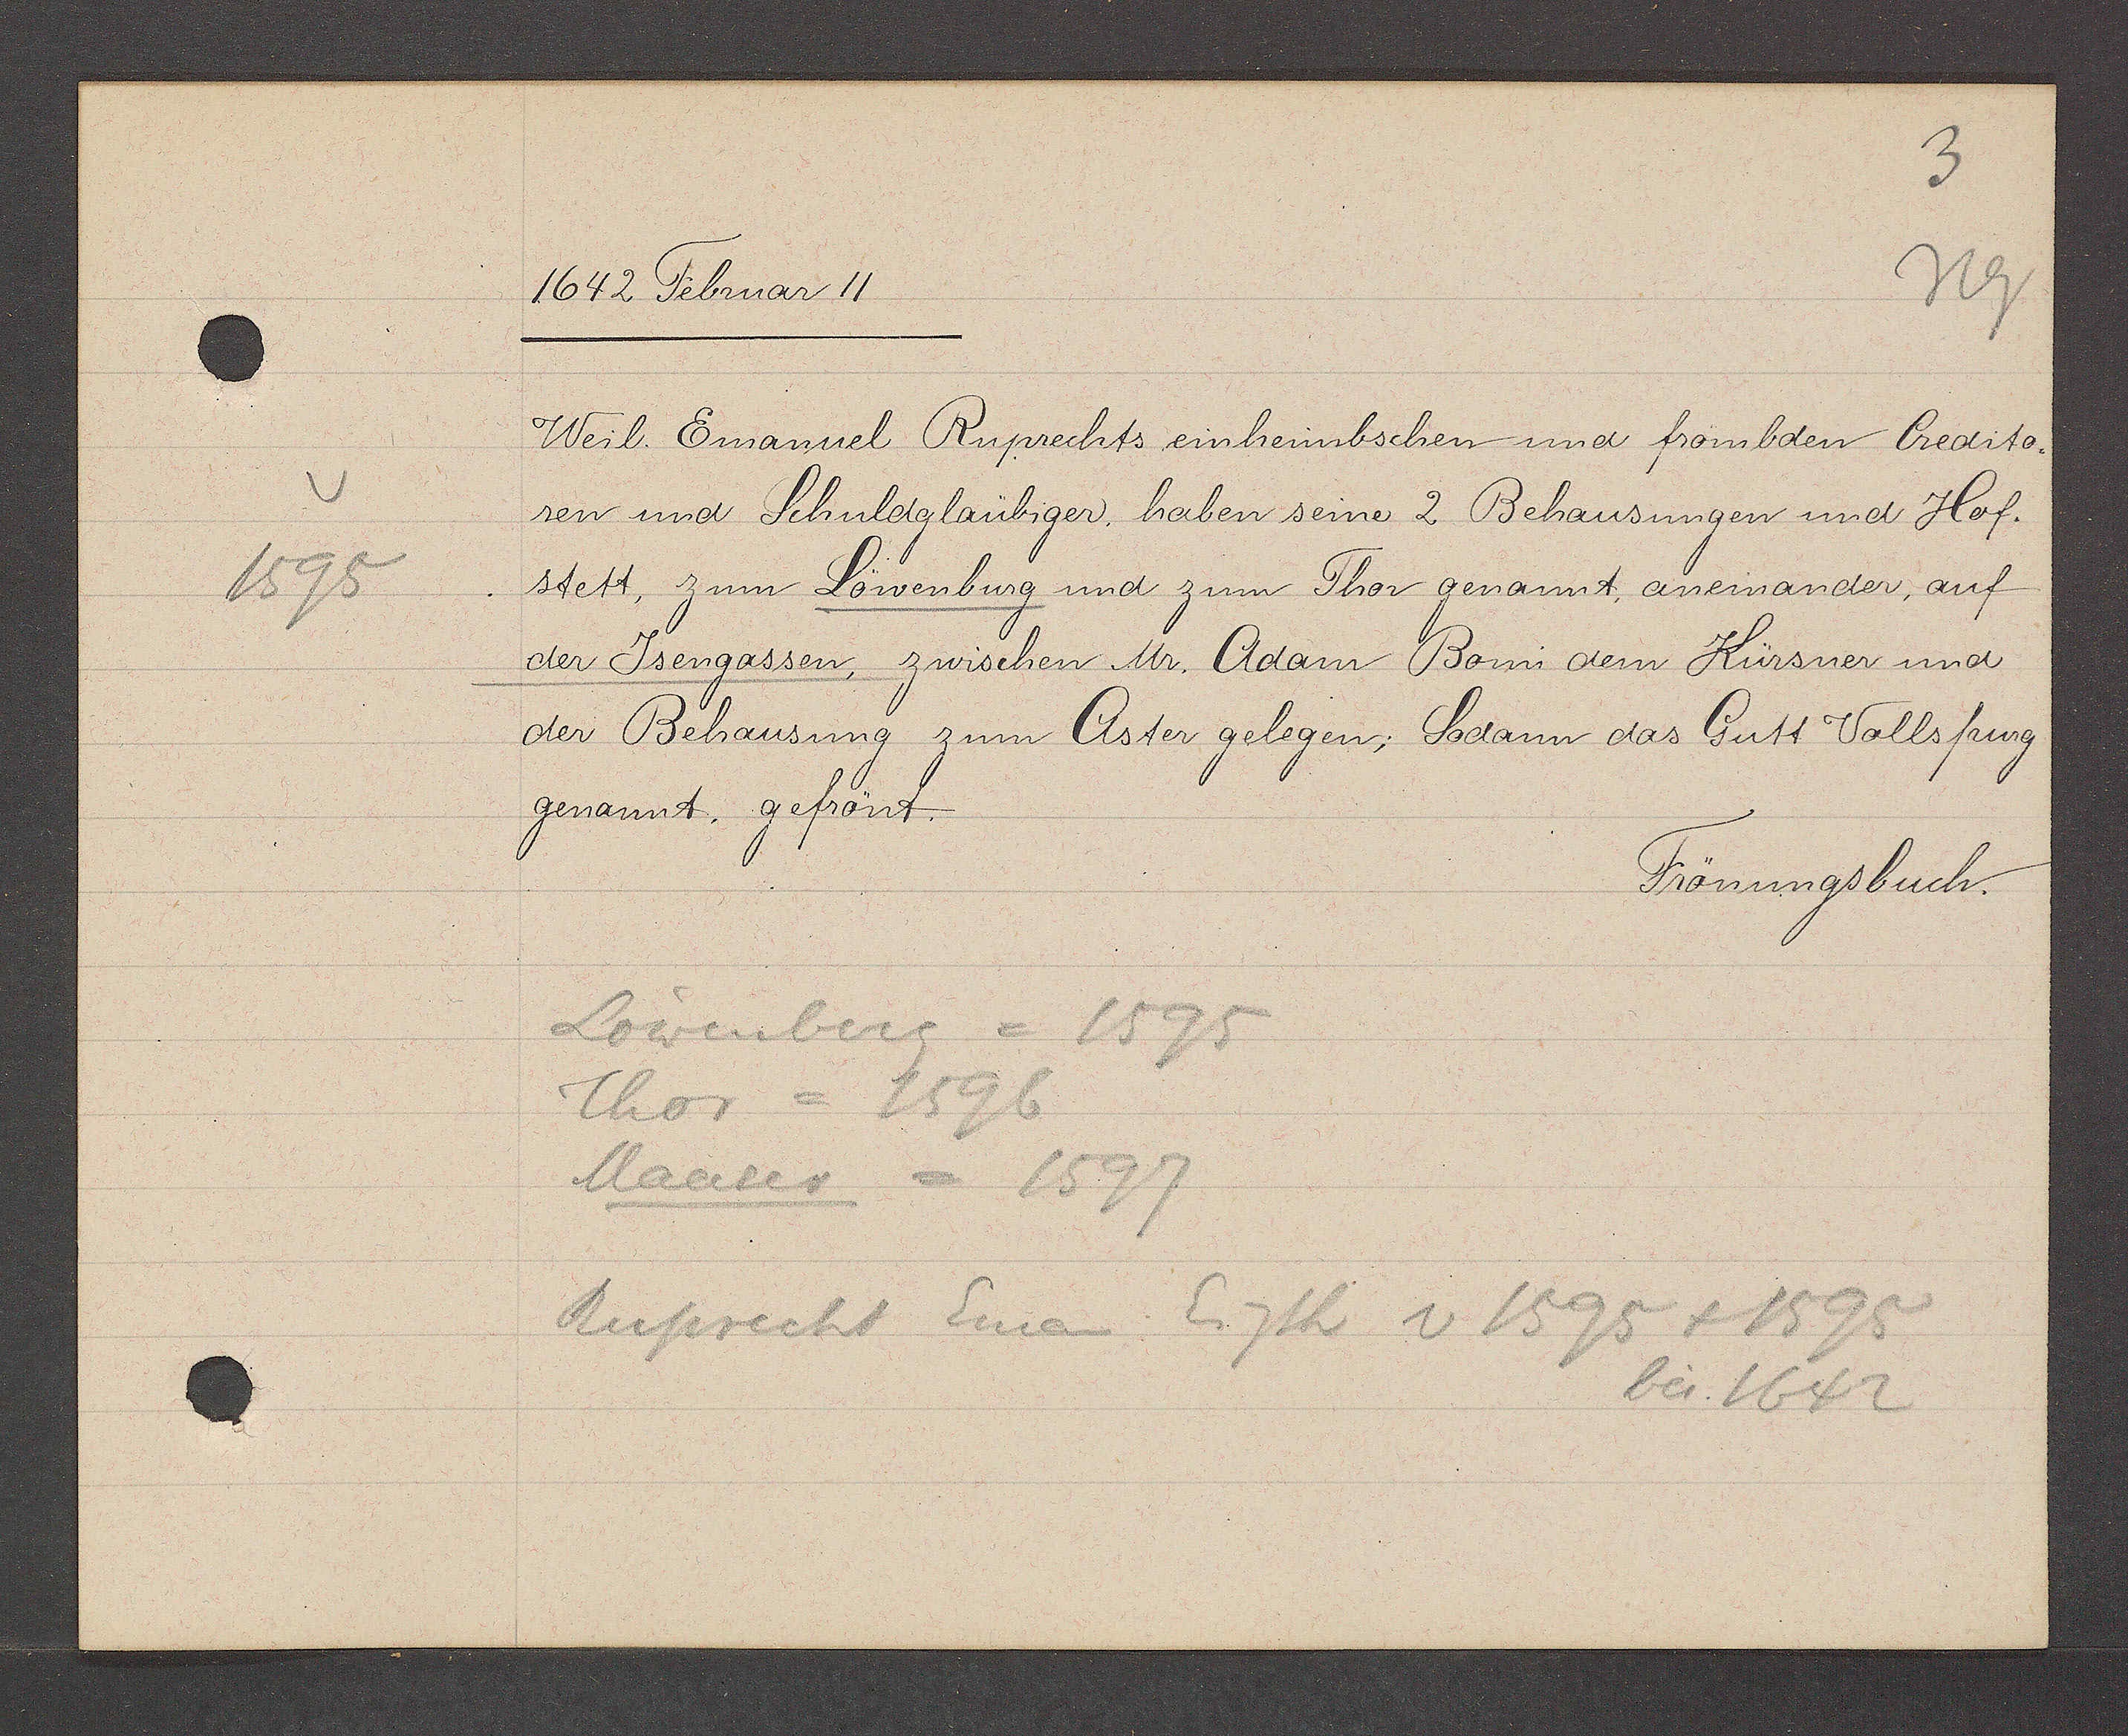
Transcript:
1595

1642 Februar 11

Weil. Emanuel Ruprechts einheimbschen und frombden Credito¬
ren und Schuldglaübiger, haben seine 2 Behausungen und Hof.
stett, zum Löwenburg und zum Thor genannt, eineinander, auf
der Jsengassen, zwischen Mr. Adam Bomi dem Kürsner und
der Behausung zum Aster gelegen, Sodann das Gutt Vollsfrung
genannt. gefrönt.

Frönungsbuch.

Löwenberg= 1595
Thor= 1596
Maurer
= 1597
Ruprecht Eman Eigth v 1595 +1595
bei 1642